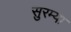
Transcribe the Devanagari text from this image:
सुरम्या